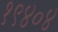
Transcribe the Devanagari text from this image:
१९४०४